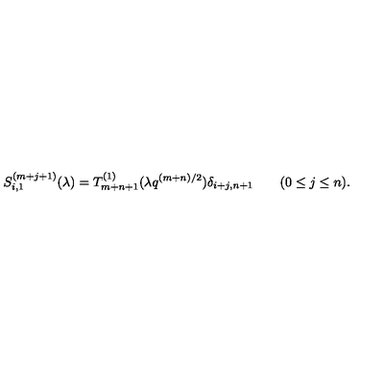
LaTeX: S _ { i , 1 } ^ { ( m + j + 1 ) } ( \lambda ) = T _ { m + n + 1 } ^ { ( 1 ) } ( \lambda q ^ { ( m + n ) / 2 } ) \delta _ { i + j , n + 1 } \qquad ( 0 \le j \le n ) .